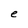
Character: e